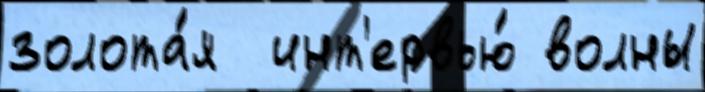
золота́я  инт'ервью́ волны